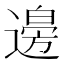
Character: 𮞾